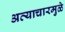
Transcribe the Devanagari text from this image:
अत्याचारमुळे